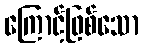
ကြောင့်ဖြစ်သော